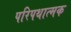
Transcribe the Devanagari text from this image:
परिपथात्मक